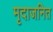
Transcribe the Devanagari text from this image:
मृदाजनित